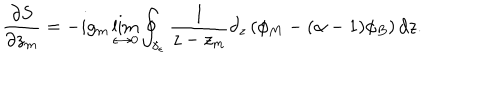
LaTeX: \frac { \partial S } { \partial z _ { m } } = - i g _ { m } \lim _ { \epsilon \rightarrow 0 } \oint _ { \gamma _ { \epsilon } } \frac { 1 } { z - z _ { m } } \partial _ { z } \left( \phi _ { M } - ( \alpha - 1 ) \phi _ { B } \right) d z .